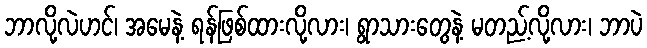
ဘာလို့လဲဟင်၊ အမေနဲ့ ရန်ဖြစ်ထားလို့လား၊ ရွာသားတွေနဲ့ မတည့်လို့လား၊ ဘာပဲ